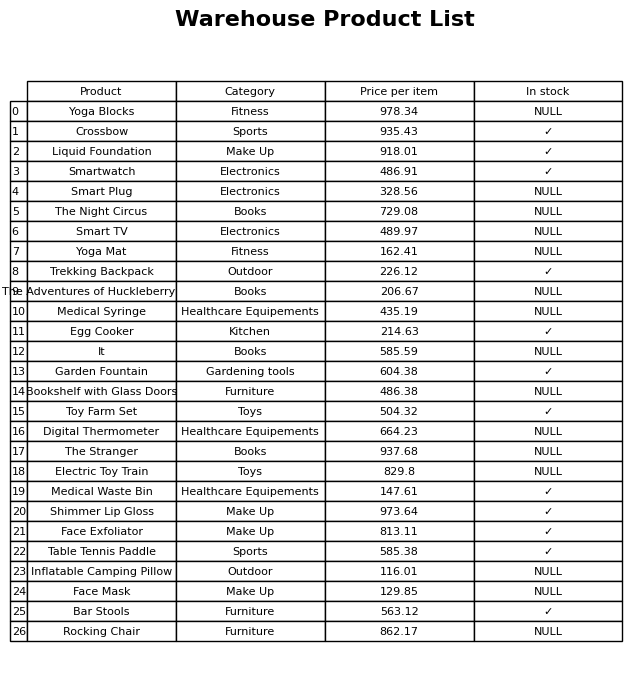
question: What is the price of the Garden Fountain?
answer: The price of Garden Fountain is 604.38.